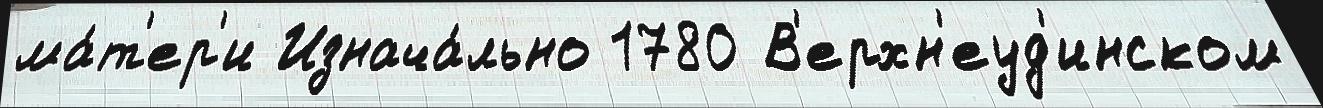
ма́т'ер'и Изнача́льно 1780 В'ерхн'еуд'инском